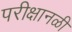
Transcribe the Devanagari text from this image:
परीक्षानळी